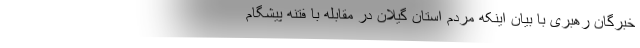
خبرگان رهبری با بیان اینکه مردم استان گیلان در مقابله با فتنه پیشگام